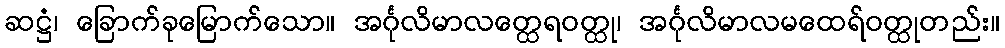
ဆဋ္ဌံ၊ ခြောက်ခုမြောက်သော။ အင်္ဂုလိမာလတ္ထေရဝတ္ထု၊ အင်္ဂုလိမာလမထေရ်ဝတ္ထုတည်း။